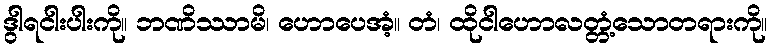
ဒွါရငါးပါးကို။ ဘဏိဿာမိ၊ ဟောပေအံ့။ တံ၊ ထိုငါဟောလတ္တံ့သောတရားကို။